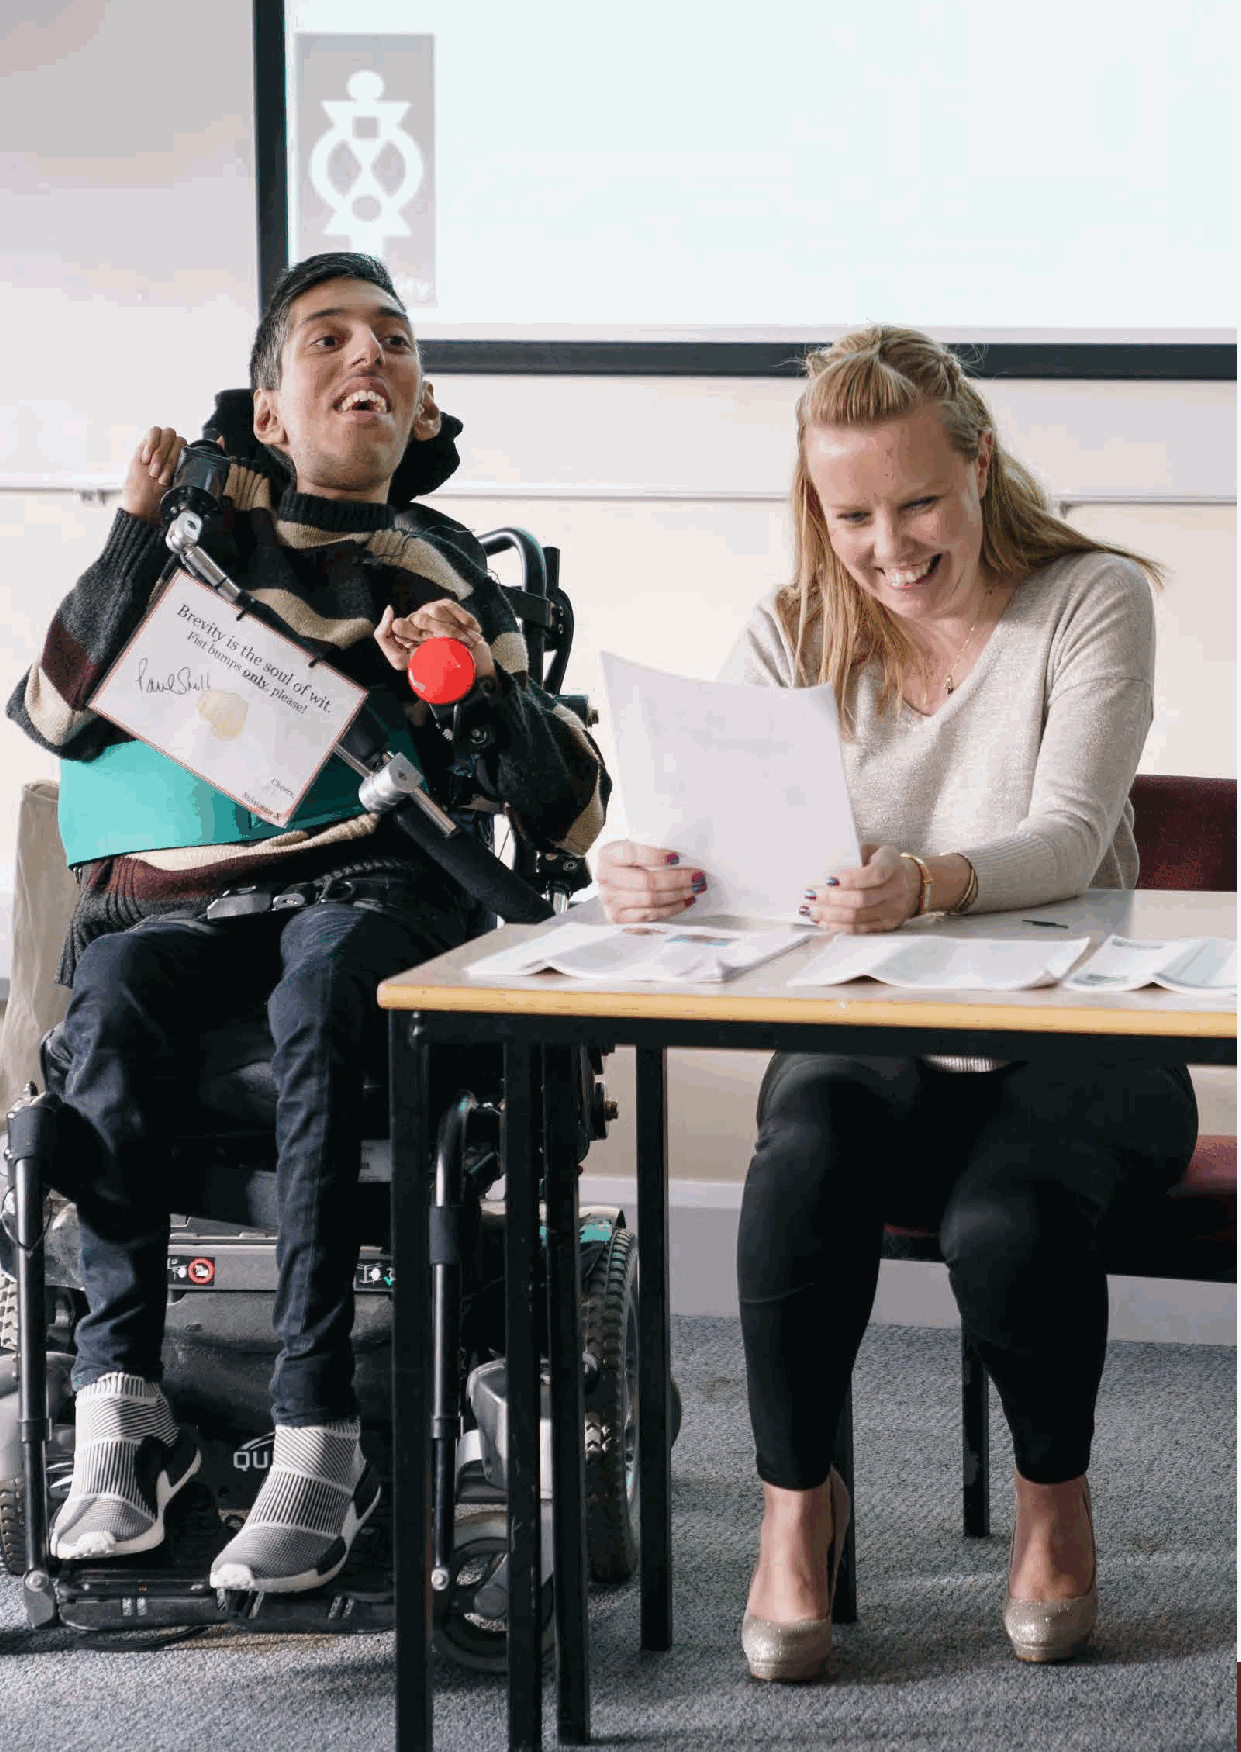
40                       ‘Inspiring Hearts, Engaging Minds’ (IHEM) Pilot Programme
 IHEM-Evaluation-Summary-Report_Brand Compliant.indd 40                  29/09/2020 06:59:27